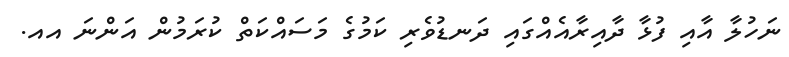
ނަހުލާ އާއި ފުޅާ ދާއިރާއެއްގައި ދަނޑުވެރި ކަމުގެ މަސައްކަތް ކުރަމުން އަންނަ އއ.